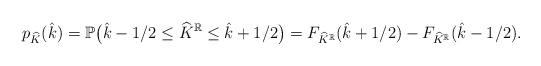
LaTeX: \begin{align*}p_{\widehat{K}}(\hat{k})&=\mathbb{P}\big(\hat{k}-1/2\le \widehat{K}^\mathbb{R}\le \hat{k}+1/2\big)=F_{\widehat{K}^\mathbb{R}}(\hat{k}+1/2)-F_{\widehat{K}^\mathbb{R}}(\hat{k}-1/2).\end{align*}